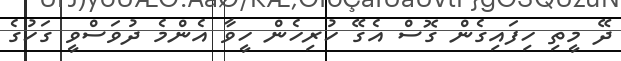
ދޭ މީތި ހިފައިގެން ގޮސް އެގޭ ހުރިހެން ހީވާ އެންމެ ދުވަސްވީ ގަހުގެ